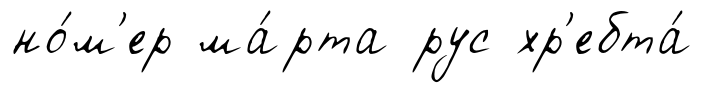
но́м'ер ма́рта рус хр'ебта́